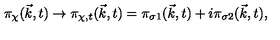
{ \pi } _ { \chi } ( { \vec { k } } , t ) \to { \pi } _ { { \chi } , t } ( { \vec { k } } , t ) = { \pi } _ { { \sigma } 1 } ( { \vec { k } } , t ) + i { \pi } _ { { \sigma } 2 } ( { \vec { k } } , t ) ,